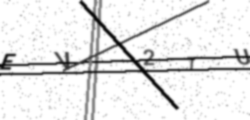
Text: EVI2TU